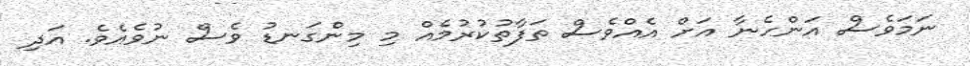
ނަމަވެސް އަންހެނާ އަށް އެއްވެސް ތަފާތުކުރުމެއް މި މިންގަނޑު ވެސް ނުވެއެވެ. އަދި